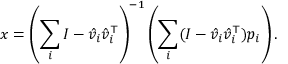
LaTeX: x = \left( \sum _ { i } I - { \hat { v } } _ { i } { \hat { v } } _ { i } ^ { \top } \right) ^ { - 1 } \left( \sum _ { i } ( I - { \hat { v } } _ { i } { \hat { v } } _ { i } ^ { \top } ) p _ { i } \right) .